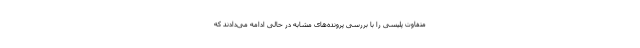
متفاوت پلیسی را با بررسی پرونده‌های مشابه در حالی ادامه می‌دادند که